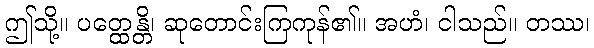
ဤသို့။ ပတ္ထေန္တိ၊ ဆုတောင်းကြကုန်၏။ အဟံ၊ ငါသည်။ တဿ၊